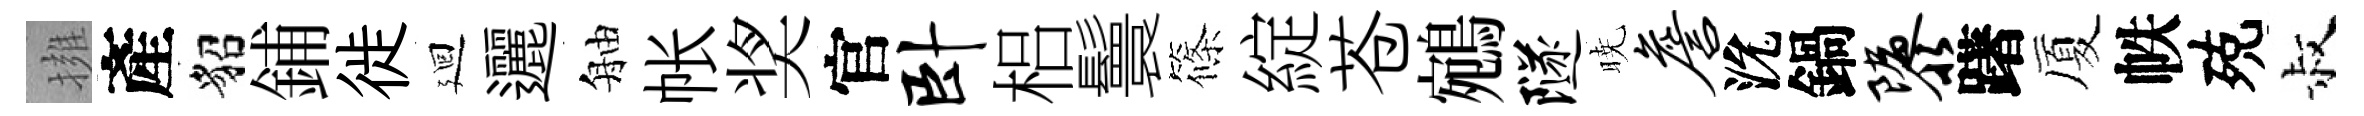
擁產貂鋪徙廻邐舳帐奖官卧梠鬟篠綻苍鵷隧暁詹沇鍋隳躇厦帙殑叔